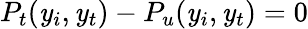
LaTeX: P_{t}(\mathit{y}_{i},\mathit{y}_{t})-P_{u}(\mathit{y}_{i},\mathit{y}_{t})=0